Plague in India, 1896, 1897 - Volume 1
Year: 1896
Disease focus: Plague
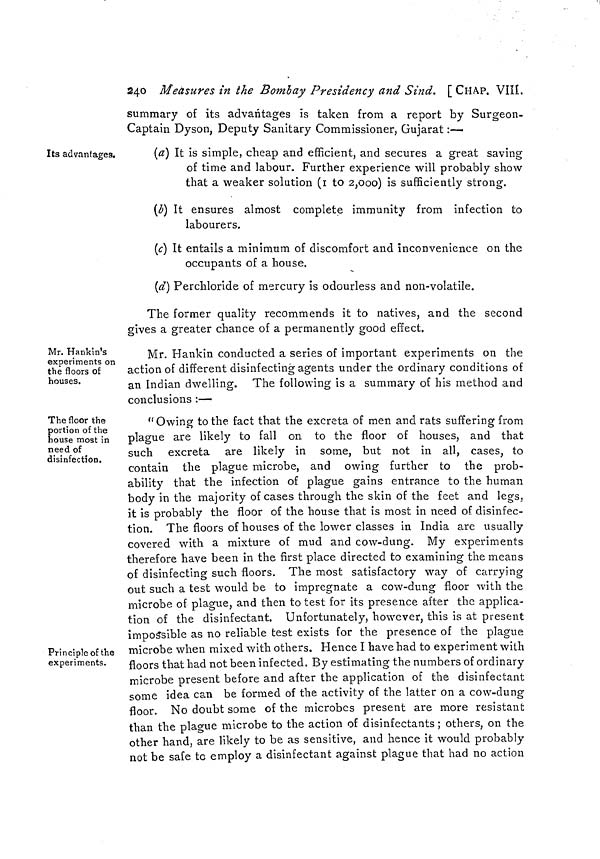
240 Measures in the Bombay Presidency and Sind. [CHAP. VIII.
summary of its advantages is taken from a report by Surgeon-
Captain Dyson, Deputy Sanitary Commissioner, Gujarat:—
Its advantages.
(a) It is simple, cheap and efficient, and secures a great saving
of time and labour. Further experience will probably show
that a weaker solution (1 to 2,000) is sufficiently strong.
(b) It ensures almost complete immunity from infection to
labourers.
(c) It entails a minimum of discomfort and inconvenience on the
occupants of a house.
(d) Perchloride of mercury is odourless and non-volatile.
The former quality recommends it to natives, and the second
gives a greater chance of a permanently good effect.
Mr. Hankin's
experiments on
the floors of
houses.
Mr. Hankin conducted a series of important experiments on the
action of different disinfecting agents under the ordinary conditions of
an Indian dwelling. The following is a summary of his method and
conclusions :—
The floor the
portion of the
house most in
need of
disinfection.
Principle of the
experiments.
"Owing to the fact that the excreta of men and rats suffering from
plague are likely to fall on to the floor of houses, and that
such excreta are likely in some, but not in all, cases, to
contain the plague microbe, and owing further to the prob-
ability that the infection of plague gains entrance to the human
body in the majority of cases through the skin of the feet and legs,
it is probably the floor of the house that is most in need of disinfec-
tion. The floors of houses of the lower classes in India are usually
covered with a mixture of mud and cow-dung. My experiments
therefore have been in the first place directed to examining the means
of disinfecting such floors. The most satisfactory way of carrying
out such a test would be to impregnate a cow-dung floor with the
microbe of plague, and then to test for its presence after the applica-
tion of the disinfectant. Unfortunately, however, this is at present
impossible as no reliable test exists for the presence of the plague
microbe when mixed with others. Hence I have had to experiment with
floors that had not been infected. By estimating the numbers of ordinary
microbe present before and after the application of the disinfectant
some idea can be formed of the activity of the latter on a cow-dung
floor. No doubt some of the microbes present are more resistant
than the plague microbe to the action of disinfectants; others, on the
other hand, are likely to be as sensitive, and hence it would probably
not be safe to employ a disinfectant against plague that had no action